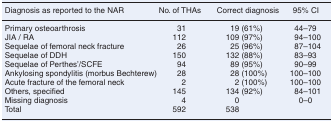
<table><thead><tr><td><b>Diagnosis as reported to the NAR</b></td><td><b>No. of THAs</b></td><td><b>Correct diagnosis</b></td><td><b>95% CI</b></td></tr></thead><tbody><tr><td>Primary osteoarthrosis</td><td>31</td><td>19 (61%)</td><td>44–79</td></tr><tr><td>JIA / RA</td><td>112</td><td>109 (97%)</td><td>94–100</td></tr><tr><td>Sequelae of femoral neck fracture</td><td>26</td><td>25 (96%)</td><td>87–104</td></tr><tr><td>Sequelae of DDH</td><td>150</td><td>132 (88%)</td><td>83–93</td></tr><tr><td>Sequelae of Perthes&#x27;/SCFE</td><td>94</td><td>89 (95%)</td><td>90–99</td></tr><tr><td>Ankylosing spondylitis (morbus Bechterew)</td><td>28</td><td>28 (100%)</td><td>100–100</td></tr><tr><td>Acute fracture of the femoral neck </td><td>2</td><td>2 (100%)</td><td>100–100</td></tr><tr><td>Others, specified</td><td>145</td><td>134 (92%)</td><td>84–101</td></tr><tr><td>Missing diagnosis</td><td>4</td><td>0</td><td>0–0</td></tr><tr><td>Total</td><td>592</td><td>538</td><td></td></tr></tbody></table>